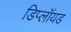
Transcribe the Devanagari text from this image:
डिप्लॉयड